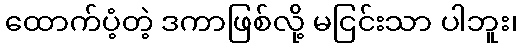
ထောက်ပံ့တဲ့ ဒကာဖြစ်လို့ မငြင်းသာ ပါဘူး၊